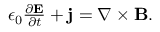
\begin{array} { r } { \epsilon _ { 0 } \frac { \partial \mathbf { E } } { \partial t } + \mathbf { j } = \nabla \times \mathbf { B } . } \end{array}